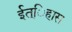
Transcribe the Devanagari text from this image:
ईत्िहास